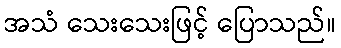
အသံ သေးသေးဖြင့် ပြောသည်။